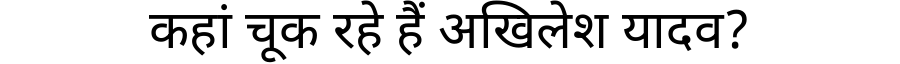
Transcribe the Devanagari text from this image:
कहां चूक रहे हैं अखिलेश यादव?